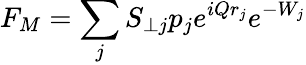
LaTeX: F_{M}=\sum_{j}S_{\perp j}p_{j}e^{iQr_{j}}e^{-W_{j}}